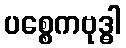
ပစ္စေကဗုဒ္ဓါ